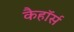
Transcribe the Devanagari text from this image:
कैहॉर्स